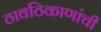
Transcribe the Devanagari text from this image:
ठावठिकाणांची